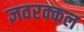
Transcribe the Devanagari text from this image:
ज्ञवरक्कल